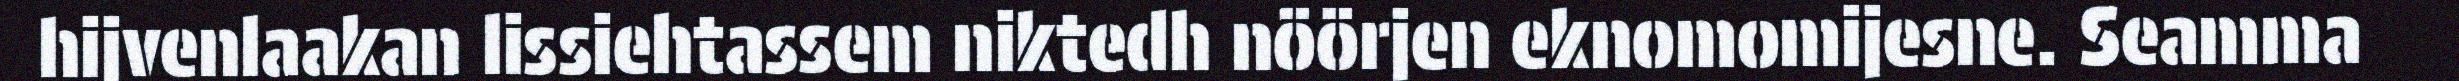
hijvenlaakan lissiehtassem niktedh nöörjen eknomomijesne. Seamma